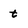
Character: t